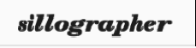
sillographer